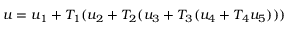
u = u _ { 1 } + T _ { 1 } ( u _ { 2 } + T _ { 2 } ( u _ { 3 } + T _ { 3 } ( u _ { 4 } + T _ { 4 } u _ { 5 } ) ) )